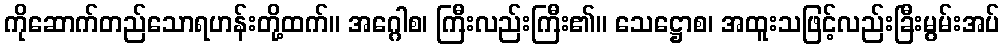
ကိုဆောက်တည်သောရဟန်းတို့ထက်။ အဂ္ဂေါစ၊ ကြီးလည်းကြီး၏။ သေဋ္ဌောစ၊ အထူးသဖြင့်လည်းခြီးမွမ်းအပ်